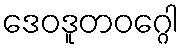
ဒေဝဒူတဝဂ္ဂေါ